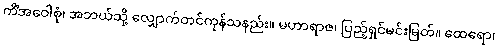
ကိံအဝေါစုံ၊ အဘယ်သို့ လျှောက်တင်ကုန်သနည်း။ မဟာရာဇ၊ ပြည့်ရှင်မင်းမြတ်။ ထေရော၊